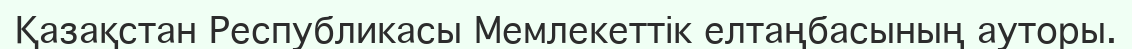
Қазақстан Республикасы Мемлекеттік елтаңбасының ауторы.